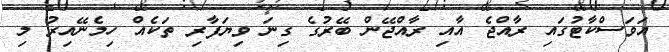
އަވަސްކާޓުގައި ރާއްޖެ އާއި ރާއްޖޭން ބޭރުގެ ގިނަ ވިޔަފާރި ތަކެއް ހިމެނޭއިރު މި